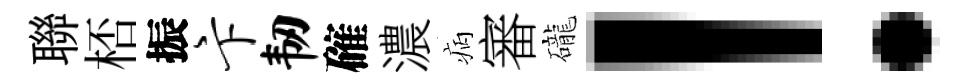
聯桮振卞韧確濃病審礲！